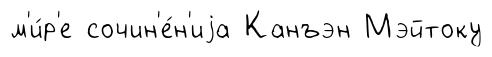
м'и́р'е сочин'е́н'иjа Канъэн Мэйтоку